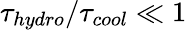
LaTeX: \tau_{hydro}/\tau_{cool}\ll 1